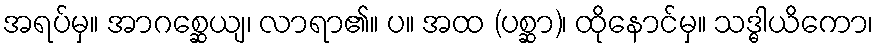
အရပ်မှ။ အာဂစ္ဆေယျ၊ လာရာ၏။ ပ။ အထ (ပစ္ဆာ)၊ ထိုနောင်မှ။ သဒ္ဓါယိကော၊